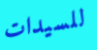
للسيدات